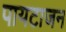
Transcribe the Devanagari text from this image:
पायटाजन